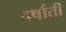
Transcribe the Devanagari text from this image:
दर्षाती